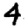
Digit: 4